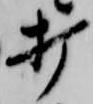
打